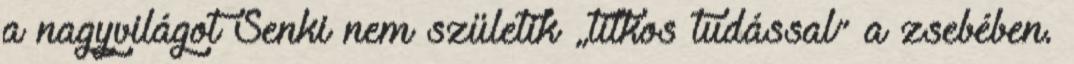
a nagyvilágot Senki nem születik „titkos tudással” a zsebében.